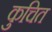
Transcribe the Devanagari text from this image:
कुचित